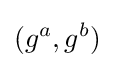
(g^{a},g^{b})